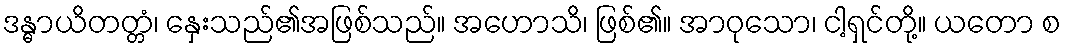
ဒန္ဓာယိတတ္တံ၊ နှေးသည်၏အဖြစ်သည်။ အဟောသိ၊ ဖြစ်၏။ အာဝုသော၊ ငါ့ရှင်တို့။ ယတော စ